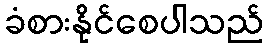
ခံစားနိုင်စေပါသည်